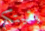
بقيتكم